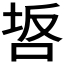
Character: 𭇸